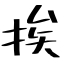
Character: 挨